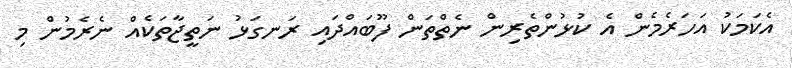
އެކަމަކު އަހަރެމެން އެ ކުޅުންތެރިން ނެތްތަން ފޫބައްދައި ރަނގަޅު ނަތީޖާތަކެއް ނެރެމުން މި